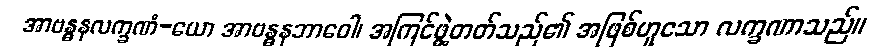
အာဗန္ဓနလက္ခဏံ-ယော အာဗန္ဓနဘာဝေါ၊ အကြင်ဖွဲ့တတ်သည်၏ အဖြစ်ဟူသော လက္ခဏာသည်။